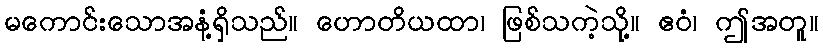
မကောင်းသောအနံ့ရှိသည်။ ဟောတိယထာ၊ ဖြစ်သကဲ့သို့။ ဧဝံ၊ ဤအတူ။